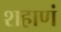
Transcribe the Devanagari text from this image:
शहाणं